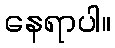
နေရာပါ။